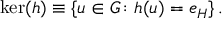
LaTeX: \ker ( h ) \equiv \left\{ u \in G \colon h ( u ) = e _ { H } \right\} .